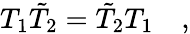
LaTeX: T_{1}\tilde{T}_{2}=\tilde{T}_{2}T_{1}\quad,